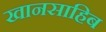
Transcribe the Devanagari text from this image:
खानसाहिब